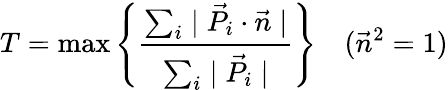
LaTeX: T=\mathrm{max}\left\{ \frac{\sum_{i}\mid\vec{P}_{i}\cdot\vec{n}\mid}{\sum_{i}\mid\vec{P}_{i}\mid}\right\} ~~~~(\vec{n}^{2}=1)